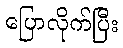
ပြောလိုက်ပြီး